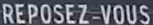
REPOSEZ-VOUS